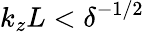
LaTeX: k_{z}L<\delta^{-1/2}